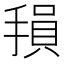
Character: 𫽭